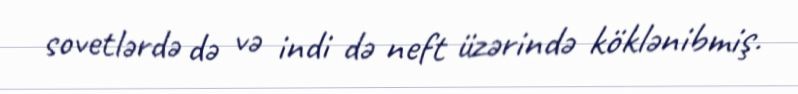
sovetlərdə də və indi də neft üzərində köklənibmiş.